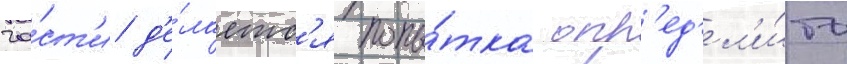
ча́ст'и д'е́лаетс'я попы́тка опр'ед'ел'и́ть